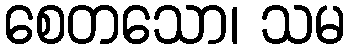
စေတသော၊ သမ